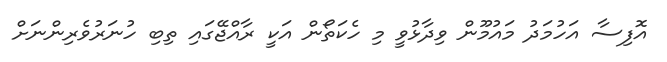
އޮފިސާ އަހުމަދު މައުމޫން ވިދާޅުވީ މި ހެކަތޯން އަކީ ރާއްޖޭގައި ތިބި ހުނަރުވެރިންނަށް